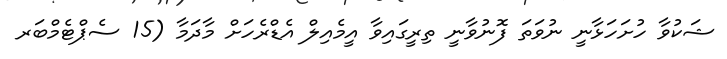
ޝަކުވާ ހުށަހަޅާނީ ނުވަތަ ފޮނުވާނީ ތިރީގައިވާ އީމެއިލް އެޑްރެހަށް މާދަމާ (15 ސެޕްޓެމްބަރ